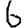
Digit: 6